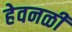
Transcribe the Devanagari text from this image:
हेवनळी